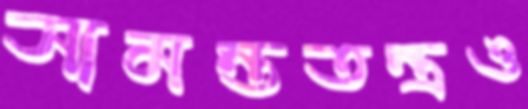
সামন্ততন্ত্রও